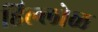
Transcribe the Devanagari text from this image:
हिल्लोळ